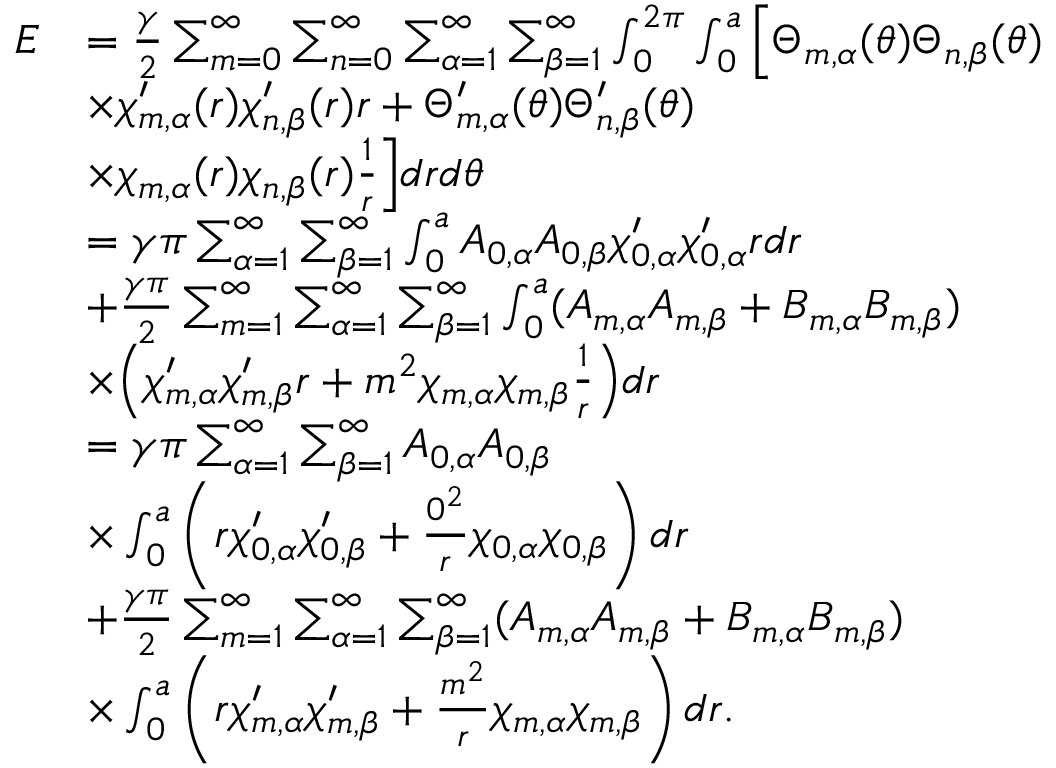
\begin{array} { r l } { E } & { = \frac { \gamma } { 2 } \sum _ { m = 0 } ^ { \infty } \sum _ { n = 0 } ^ { \infty } \sum _ { \alpha = 1 } ^ { \infty } \sum _ { \beta = 1 } ^ { \infty } \int _ { 0 } ^ { 2 \pi } \int _ { 0 } ^ { a } \Big [ \Theta _ { m , \alpha } ( \theta ) \Theta _ { n , \beta } ( \theta ) } \\ & { \times \chi _ { m , \alpha } ^ { \prime } ( r ) \chi _ { n , \beta } ^ { \prime } ( r ) r + \Theta _ { m , \alpha } ^ { \prime } ( \theta ) \Theta _ { n , \beta } ^ { \prime } ( \theta ) } \\ & { \times \chi _ { m , \alpha } ( r ) \chi _ { n , \beta } ( r ) \frac { 1 } { r } \Big ] d r d \theta } \\ & { = \gamma \pi \sum _ { \alpha = 1 } ^ { \infty } \sum _ { \beta = 1 } ^ { \infty } \int _ { 0 } ^ { a } A _ { 0 , \alpha } A _ { 0 , \beta } \chi _ { 0 , \alpha } ^ { \prime } \chi _ { 0 , \alpha } ^ { \prime } r d r } \\ & { + \frac { \gamma \pi } { 2 } \sum _ { m = 1 } ^ { \infty } \sum _ { \alpha = 1 } ^ { \infty } \sum _ { \beta = 1 } ^ { \infty } \int _ { 0 } ^ { a } ( A _ { m , \alpha } A _ { m , \beta } + B _ { m , \alpha } B _ { m , \beta } ) } \\ & { \times \Big ( \chi _ { m , \alpha } ^ { \prime } \chi _ { m , \beta } ^ { \prime } r + m ^ { 2 } \chi _ { m , \alpha } \chi _ { m , \beta } \frac { 1 } { r } \Big ) d r } \\ & { = \gamma \pi \sum _ { \alpha = 1 } ^ { \infty } \sum _ { \beta = 1 } ^ { \infty } A _ { 0 , \alpha } A _ { 0 , \beta } } \\ & { \times \int _ { 0 } ^ { a } \left( r \chi _ { 0 , \alpha } ^ { \prime } \chi _ { 0 , \beta } ^ { \prime } + \frac { 0 ^ { 2 } } { r } \chi _ { 0 , \alpha } \chi _ { 0 , \beta } \right) d r } \\ & { + \frac { \gamma \pi } { 2 } \sum _ { m = 1 } ^ { \infty } \sum _ { \alpha = 1 } ^ { \infty } \sum _ { \beta = 1 } ^ { \infty } ( A _ { m , \alpha } A _ { m , \beta } + B _ { m , \alpha } B _ { m , \beta } ) } \\ & { \times \int _ { 0 } ^ { a } \left( r \chi _ { m , \alpha } ^ { \prime } \chi _ { m , \beta } ^ { \prime } + \frac { m ^ { 2 } } { r } \chi _ { m , \alpha } \chi _ { m , \beta } \right) d r . } \end{array}